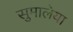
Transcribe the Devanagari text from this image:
सुमालेया